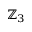
\mathbb { Z } _ { 3 }